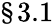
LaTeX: \S 3.1